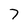
Character: 7